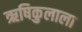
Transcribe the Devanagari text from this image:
ऋषिकुलाला